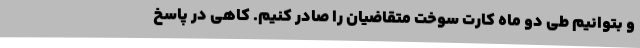
و بتوانیم طی دو ماه کارت سوخت متقاضیان را صادر کنیم. کاهی در پاسخ